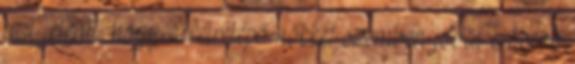
azt jelenti, hogy a félrelépő nőkkel szemben jóval erősebb